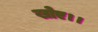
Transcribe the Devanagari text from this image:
खोए।।